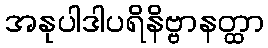
အနုပါဒါပရိနိဗ္ဗာနတ္ထာ